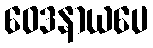
ဝေဒနာယပေ